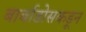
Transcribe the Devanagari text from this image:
बार्बाडोसकडून